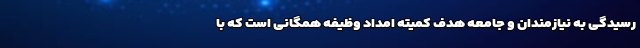
رسیدگی به نیازمندان و جامعه هدف کمیته امداد وظیفه همگانی است که با